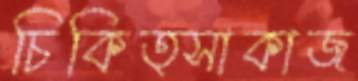
চিকিত্সাকাজ